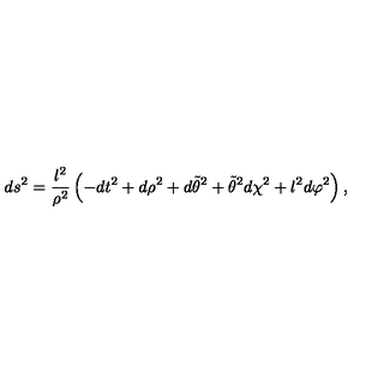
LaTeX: d s ^ { 2 } = \frac { l ^ { 2 } } { \rho ^ { 2 } } \left( - d t ^ { 2 } + d \rho ^ { 2 } + d \tilde { \theta } ^ { 2 } + \tilde { \theta } ^ { 2 } d \chi ^ { 2 } + l ^ { 2 } d \varphi ^ { 2 } \right) ,